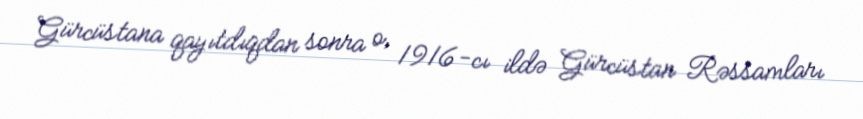
Gürcüstana qayıtdıqdan sonra o, 1916-cı ildə Gürcüstan Rəssamları